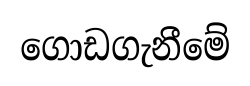
ගොඩගැනීමේ